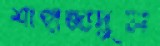
শাহাজাদুল